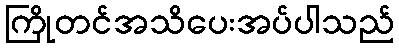
ကြိုတင်အသိပေးအပ်ပါသည်